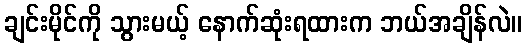
ချင်းမိုင်ကို သွားမယ့် နောက်ဆုံးရထားက ဘယ်အချိန်လဲ။